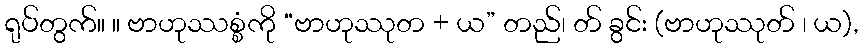
ရုပ်တွက်။ ။ ဗာဟုဿစ္စံကို “ဗာဟုဿုတ + ယ” တည်၊ တ် ခွင်း (ဗာဟုဿုတ် ၊ ယ),